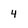
Character: 4